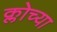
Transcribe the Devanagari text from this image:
क्लोच्या